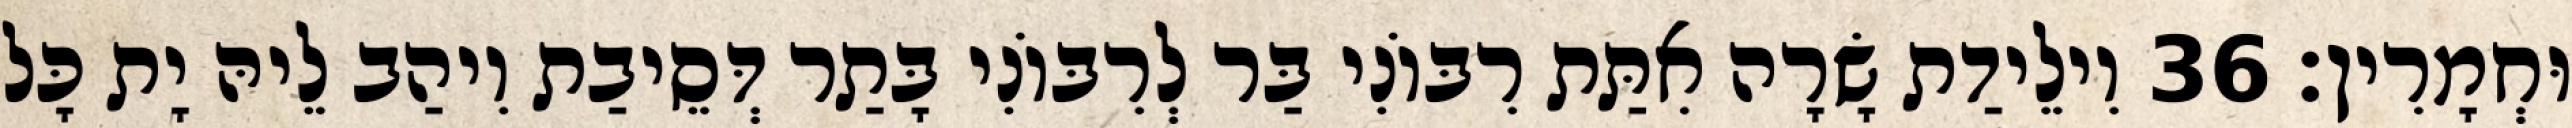
וּחְמָרִין׃ 36 וִילֵידַת שָׂרָה אִתַּת רִבּוֹנִי בַּר לְרִבּוֹנִי בָּתַר דְּסֵיבַת וִיהַב לֵיהּ יָת כָּל